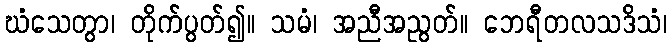
ဃံသေတွာ၊ တိုက်ပွတ်၍။ သမံ၊ အညီအညွတ်။ ဘေရီတလသဒိသံ၊